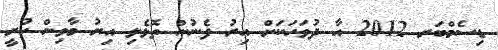
ޑިސެމްބަރ 2012 އާ ދުވަހަކަށް އިރު ފެނުން ތޮޅެލި އިރު މާވިން ހުރީ